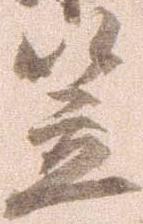
笠